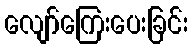
လျော်ကြေးပေးခြင်း